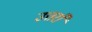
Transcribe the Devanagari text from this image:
उत्तराँ